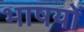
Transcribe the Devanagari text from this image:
भाषयों